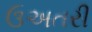
ઉઅતરી